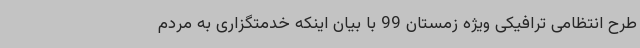
طرح انتظامی ترافیکی ویژه زمستان 99 با بیان اینکه خدمتگزاری به مردم